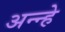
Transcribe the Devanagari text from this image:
अन्न्हे